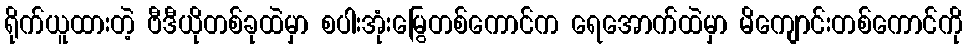
ရိုက်ယူထားတဲ့ ဗီဒီယိုတစ်ခုထဲမှာ စပါးအုံးမြွေတစ်ကောင်က ရေအောက်ထဲမှာ မိကျောင်းတစ်ကောင်ကို